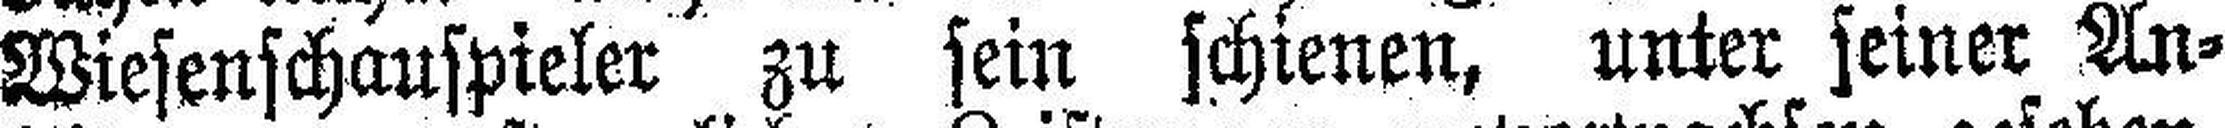
Wiesenschauspieler zu sein schienen, unter seiner An¬